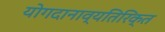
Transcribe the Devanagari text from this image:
योगदानाव्यतिरिक्त